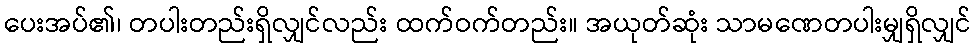
ပေးအပ်၏၊ တပါးတည်းရှိလျှင်လည်း ထက်ဝက်တည်း။ အယုတ်ဆုံး သာမဏေတပါးမျှရှိလျှင်